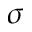
\sigma